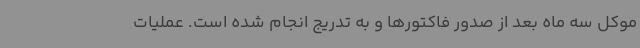
موکل سه ماه بعد از صدور فاکتورها و به تدریج انجام شده است. عملیات